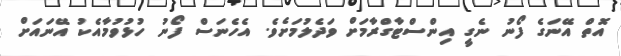
އޮތް އޭނަގެ ފޯނު ނެގީ އިންސްޓާގްރާމަށް ވަދެލުމަށެވެ. އެހެނަސް ފޯނު ހުޅުވުމާއެކު އޭނައަށް